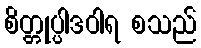
စိတ္တုပ္ပါဒဝါရ စသည်